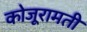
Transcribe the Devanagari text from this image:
कोजूरामती